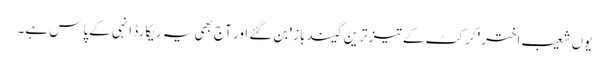
یوں شعیب اختر 'کرکٹ کے تیز ترین گیندباز' بن گئے اور آج بھی یہ ریکارڈ انہی کےپاس ہے۔